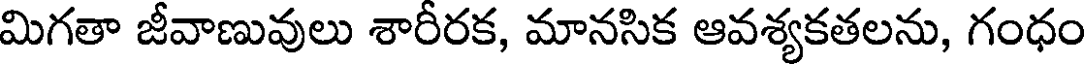
మిగతా జీవాణువులు శారీరక, మానసిక ఆవశ్యకతలను, గంధం